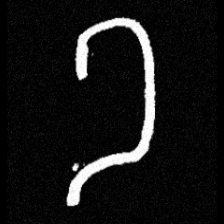
Pyu character \u2014 Myanmar letter: ခ (romanized: kha)